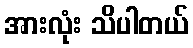
အားလုံး သိပါတယ်